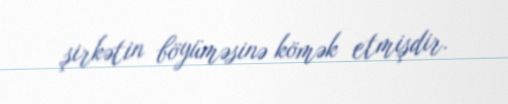
şirkətin böyüməsinə kömək etmişdir.